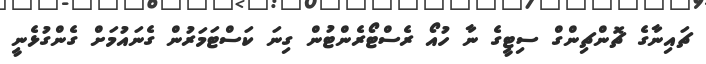
ޗައިނާގެ ޗޮންޗިންގް ސިޓީގެ ނާ ހުއޯ ރެސްޓޯރެންޓުން ގިނަ ކަސްޓަމަރުން ގެނައުމަށް ގެންގުޅެނީ